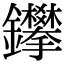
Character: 鑻